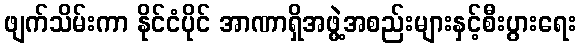
ဖျက်သိမ်းကာ နိုင်ငံပိုင် အာဏာရှိအဖွဲ့အစည်းများနှင့်စီးပွားရေး